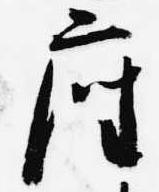
座